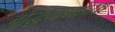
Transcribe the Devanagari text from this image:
बुद्धिवाद्यांच्या